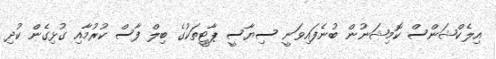
އިލެކްޝަންސް ކޮމިޝަނުން ބުނެފައިވަނީ ސިޔާސީ ޕާޓީތަކުގެ ބިލް ފާސް ކުރުމާއި ގުޅިގެން ކުދި